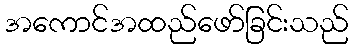
အကောင်အထည်ဖော်ခြင်းသည်